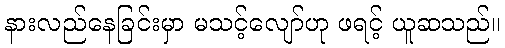
နားလည်နေခြင်းမှာ မသင့်လျော်ဟု ဖရင့် ယူဆသည်။